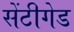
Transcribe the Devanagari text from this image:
सेंटीगेड